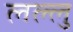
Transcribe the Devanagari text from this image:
लल्लु